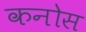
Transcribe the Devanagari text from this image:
कनोस